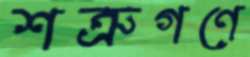
শত্রুগণে